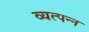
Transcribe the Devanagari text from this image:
व्‍यत्‍पन्‍न